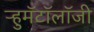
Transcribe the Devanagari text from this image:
ऱ्हुमॅटॉलॉजी